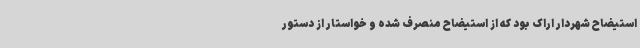
استیضاح شهردار اراک بود که از استیضاح منصرف شده و خواستار از دستور